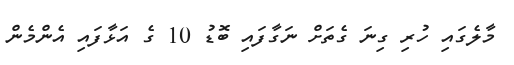
މާލެގައި ހުރި ގިނަ ގެތަށް ނަގާފައި ބޮޑު 10 ގެ އަޅާފައި އެންމެން